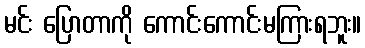
မင်း ပြောတာကို ကောင်းကောင်းမကြားရဘူး။